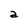
Character: a